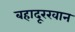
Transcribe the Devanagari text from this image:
बहादूरखान